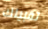
تقبيلك